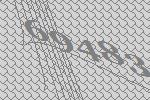
69483